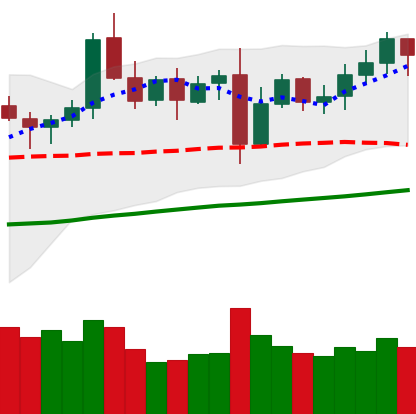
Ticker: LTC-USD
Chart end date: 2021-11-04
Forward return: 29.531%
Label: up_7plus